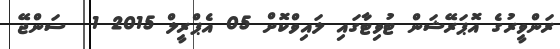
ރަންވީރުގެ އޮޕަރޭޝަން ޓުވިޓާގައި ލައިވްކޮށް 05 އެޕްރީލް 2015 1  ސަންޖޭ